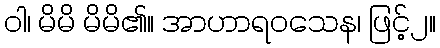
ဝါ၊ မိမိ မိမိ၏။ အာဟာရဝသေန၊ ဖြင့်၂။